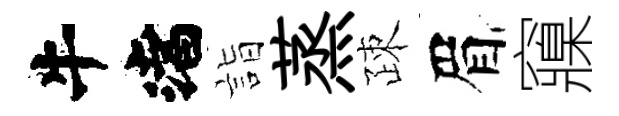
渚詣蒸疎眉䆿